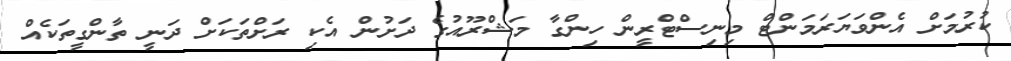
ކުރުމަށް އެންވަޔަރަމަންޓް މިނިސްޓްރީން ހިންގާ މަޝްރޫއުގެ ދަށުން އެކި ރަށްތަކަށް ދަނީ ތާންގީތަކެއް